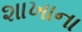
શાખાના